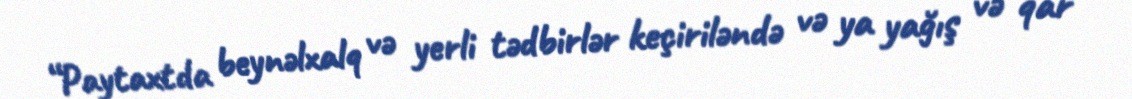
“Paytaxtda beynəlxalq və yerli tədbirlər keçiriləndə və ya yağış və qar